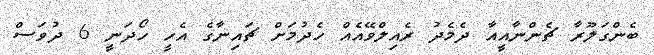
ބެންގަލޫރާ ޗެންނާއީއާ ދެމެދު ރެއިލްވޭއެއް ހެދުމަށް ޗައިނާގެ އެހީ ހޯދަނީ 6 ދުވަސް